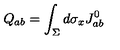
Q _ { a b } = \int _ { \Sigma } d \sigma _ { x } J _ { a b } ^ { 0 }